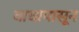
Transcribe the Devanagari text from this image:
वाघापासून